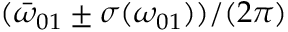
( \bar { \omega } _ { 0 1 } \pm \sigma ( { \omega _ { 0 1 } } ) ) / ( 2 \pi )